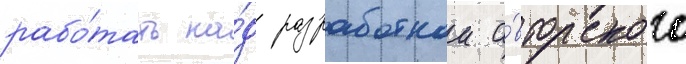
рабо́тать на́д разработкои а́вторского